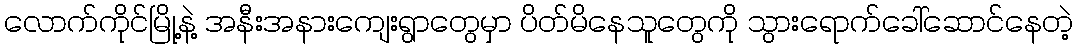
လောက်ကိုင်မြို့နဲ့ အနီးအနားကျေးရွာတွေမှာ ပိတ်မိနေသူတွေကို သွားရောက်ခေါ်ဆောင်နေတဲ့